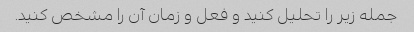
جمله زیر را تحلیل کنید و فعل و زمان آن را مشخص کنید.